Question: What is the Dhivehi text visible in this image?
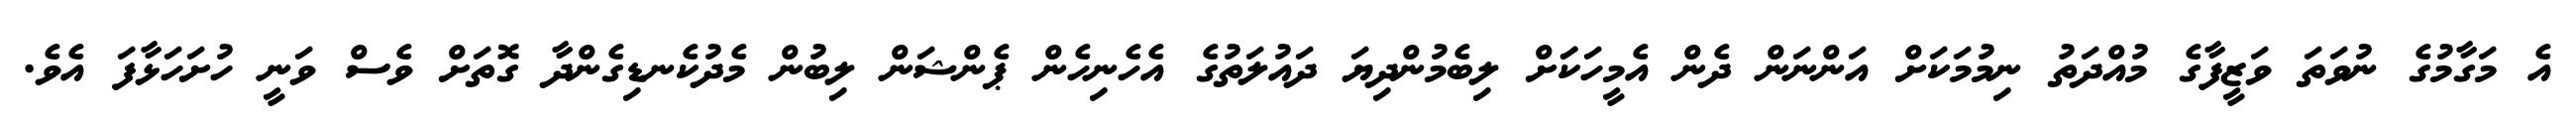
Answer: އެ މަގާމުގެ ނުވަތަ ވަޒީފާގެ މުއްދަތު ނިމުމަކަށް އަންނަން ދެން އެމީހަކަަށް ލިބެމުންދިޔަ ދައުލަތުގެ އެހެނިހެން ޕެންޝަން ލިބުން މެދުކެނޑިގެންދާ ގޮތަށް ވެސް ވަނީ ހުށަހަޅާފަ އެވެ.